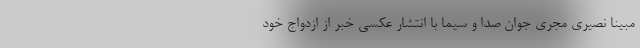
مبینا نصیری مجری جوان صدا و سیما با انتشار عکسی خبر از ازدواج خود